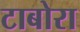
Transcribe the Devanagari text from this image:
टाबोरा